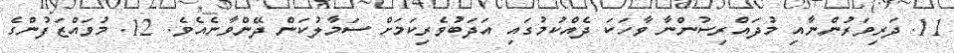
11. ދަރިވަރުންނާއި މުދައްރިސުންނާ ވާހަކަ ދެއްކުމުގައި އަދަބުވެރިކަމަށް ސަމާލުކަން ދޭންވާނެއެވެ. 12. މުވައްޒަފުންގެ